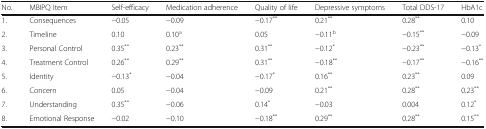
<table><thead><tr><td><b>No.</b></td><td><b>MBIPQ Item</b></td><td><b>Self-efficacy</b></td><td><b>Medication adherence</b></td><td><b>Quality of life</b></td><td><b>Depressive symptoms</b></td><td><b>Total DDS-17</b></td><td><b>HbA1c</b></td></tr></thead><tbody><tr><td>1.</td><td>Consequences</td><td>−0.05</td><td>−0.09</td><td>−0.17<sup>**</sup></td><td>0.21<sup>**</sup></td><td>0.28<sup>**</sup></td><td>0.10</td></tr><tr><td>2.</td><td>Timeline</td><td>0.10</td><td>0.10<sup>a</sup></td><td>0.05</td><td>−0.11<sup>b</sup></td><td>−0.15<sup>**</sup></td><td>−0.09</td></tr><tr><td>3.</td><td>Personal Control</td><td>0.35<sup>**</sup></td><td>0.23<sup>**</sup></td><td>0.31<sup>**</sup></td><td>−0.12<sup>*</sup></td><td>−0.23<sup>**</sup></td><td>−0.13<sup>*</sup></td></tr><tr><td>4.</td><td>Treatment Control</td><td>0.26<sup>**</sup></td><td>0.29<sup>**</sup></td><td>0.31<sup>**</sup></td><td>−0.18<sup>**</sup></td><td>−0.17<sup>**</sup></td><td>−0.16<sup>**</sup></td></tr><tr><td>5.</td><td>Identity</td><td>−0.13<sup>*</sup></td><td>−0.04</td><td>−0.17<sup>*</sup></td><td>0.16<sup>**</sup></td><td>0.23<sup>**</sup></td><td>0.09</td></tr><tr><td>6.</td><td>Concern</td><td>0.05</td><td>−0.04</td><td>−0.09</td><td>0.21<sup>**</sup></td><td>0.28<sup>**</sup></td><td>0.23<sup>**</sup></td></tr><tr><td>7.</td><td>Understanding</td><td>0.35<sup>**</sup></td><td>−0.06</td><td>0.14<sup>*</sup></td><td>−0.03</td><td>0.004</td><td>0.12<sup>*</sup></td></tr><tr><td>8.</td><td>Emotional Response</td><td>−0.02</td><td>−0.10</td><td>−0.18<sup>**</sup></td><td>0.29<sup>**</sup></td><td>0.28<sup>**</sup></td><td>0.15<sup>**</sup></td></tr></tbody></table>